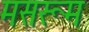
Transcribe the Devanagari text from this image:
मसरूम